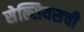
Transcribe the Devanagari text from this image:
सेल्सियसची